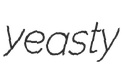
yeasty